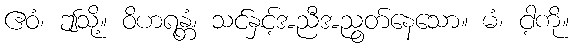
ဧဝံ၊ ဤသို့။ ဝိဟရန္တံ၊ သင်နှင့်အညီအညွတ်နေသော။ မံ၊ ငါ့ကို။